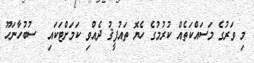
މި ވަރުގެ މަސައްކަތެއް ކުރުމުގެ ހެޔޮ ތައުފީޤު ދެއްވި ކަމަށްޓަކައި  ސުބުހާނަހޫ